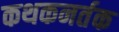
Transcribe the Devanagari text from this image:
कथकनर्तक